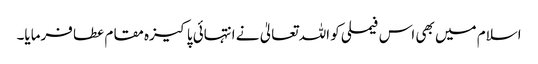
اسلام میں بھی اس فیملی کو اللہ تعالیٰ نے انتہائی پاکیزہ مقام عطا فرمایا۔